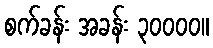
စက်ခန်း အခန်း ၃၀၀၀၀။